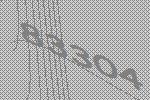
83304